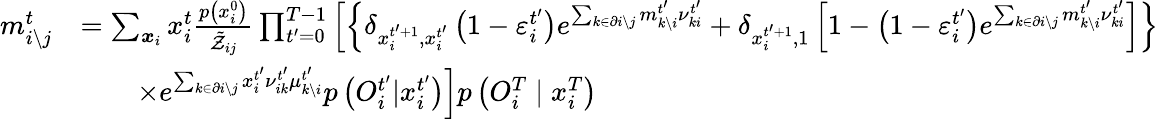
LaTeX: \begin{array}{rl}{m_{i\setminus j}^{t}}&{=\sum_{\boldsymbol{x}_{i}}x_{i}^{t}\frac{p\left(x_{i}^{0}\right)}{\tilde{\mathcal{Z}}_{ij}}\prod_{t^{\prime}=0}^{T-1}\left[\left\{ \delta_{x_{i}^{t^{\prime}+1},x_{i}^{t^{\prime}}}\left(1-\varepsilon_{i}^{t^{\prime}}\right)e^{\sum_{k\in\partial i\setminus j}m_{k\setminus i}^{t^{\prime}}\nu_{ki}^{t^{\prime}}}+\delta_{x_{i}^{t^{\prime}+1},1}\left[1-\left(1-\varepsilon_{i}^{t^{\prime}}\right)e^{\sum_{k\in\partial i\setminus j}m_{k\setminus i}^{t^{\prime}}\nu_{ki}^{t^{\prime}}}\right]\right\} \right.}\\ &{\qquad\left.\times e^{\sum_{k\in\partial i\setminus j}x_{i}^{t^{\prime}}\nu_{ik}^{t^{\prime}}\mu_{k\setminus i}^{t^{\prime}}}p\left({O}_{i}^{t^{\prime}}|x_{i}^{t^{\prime}}\right)\right]p\left({O}_{i}^{T}\mid x_{i}^{T}\right)}\end{array}